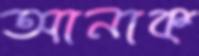
আনাক